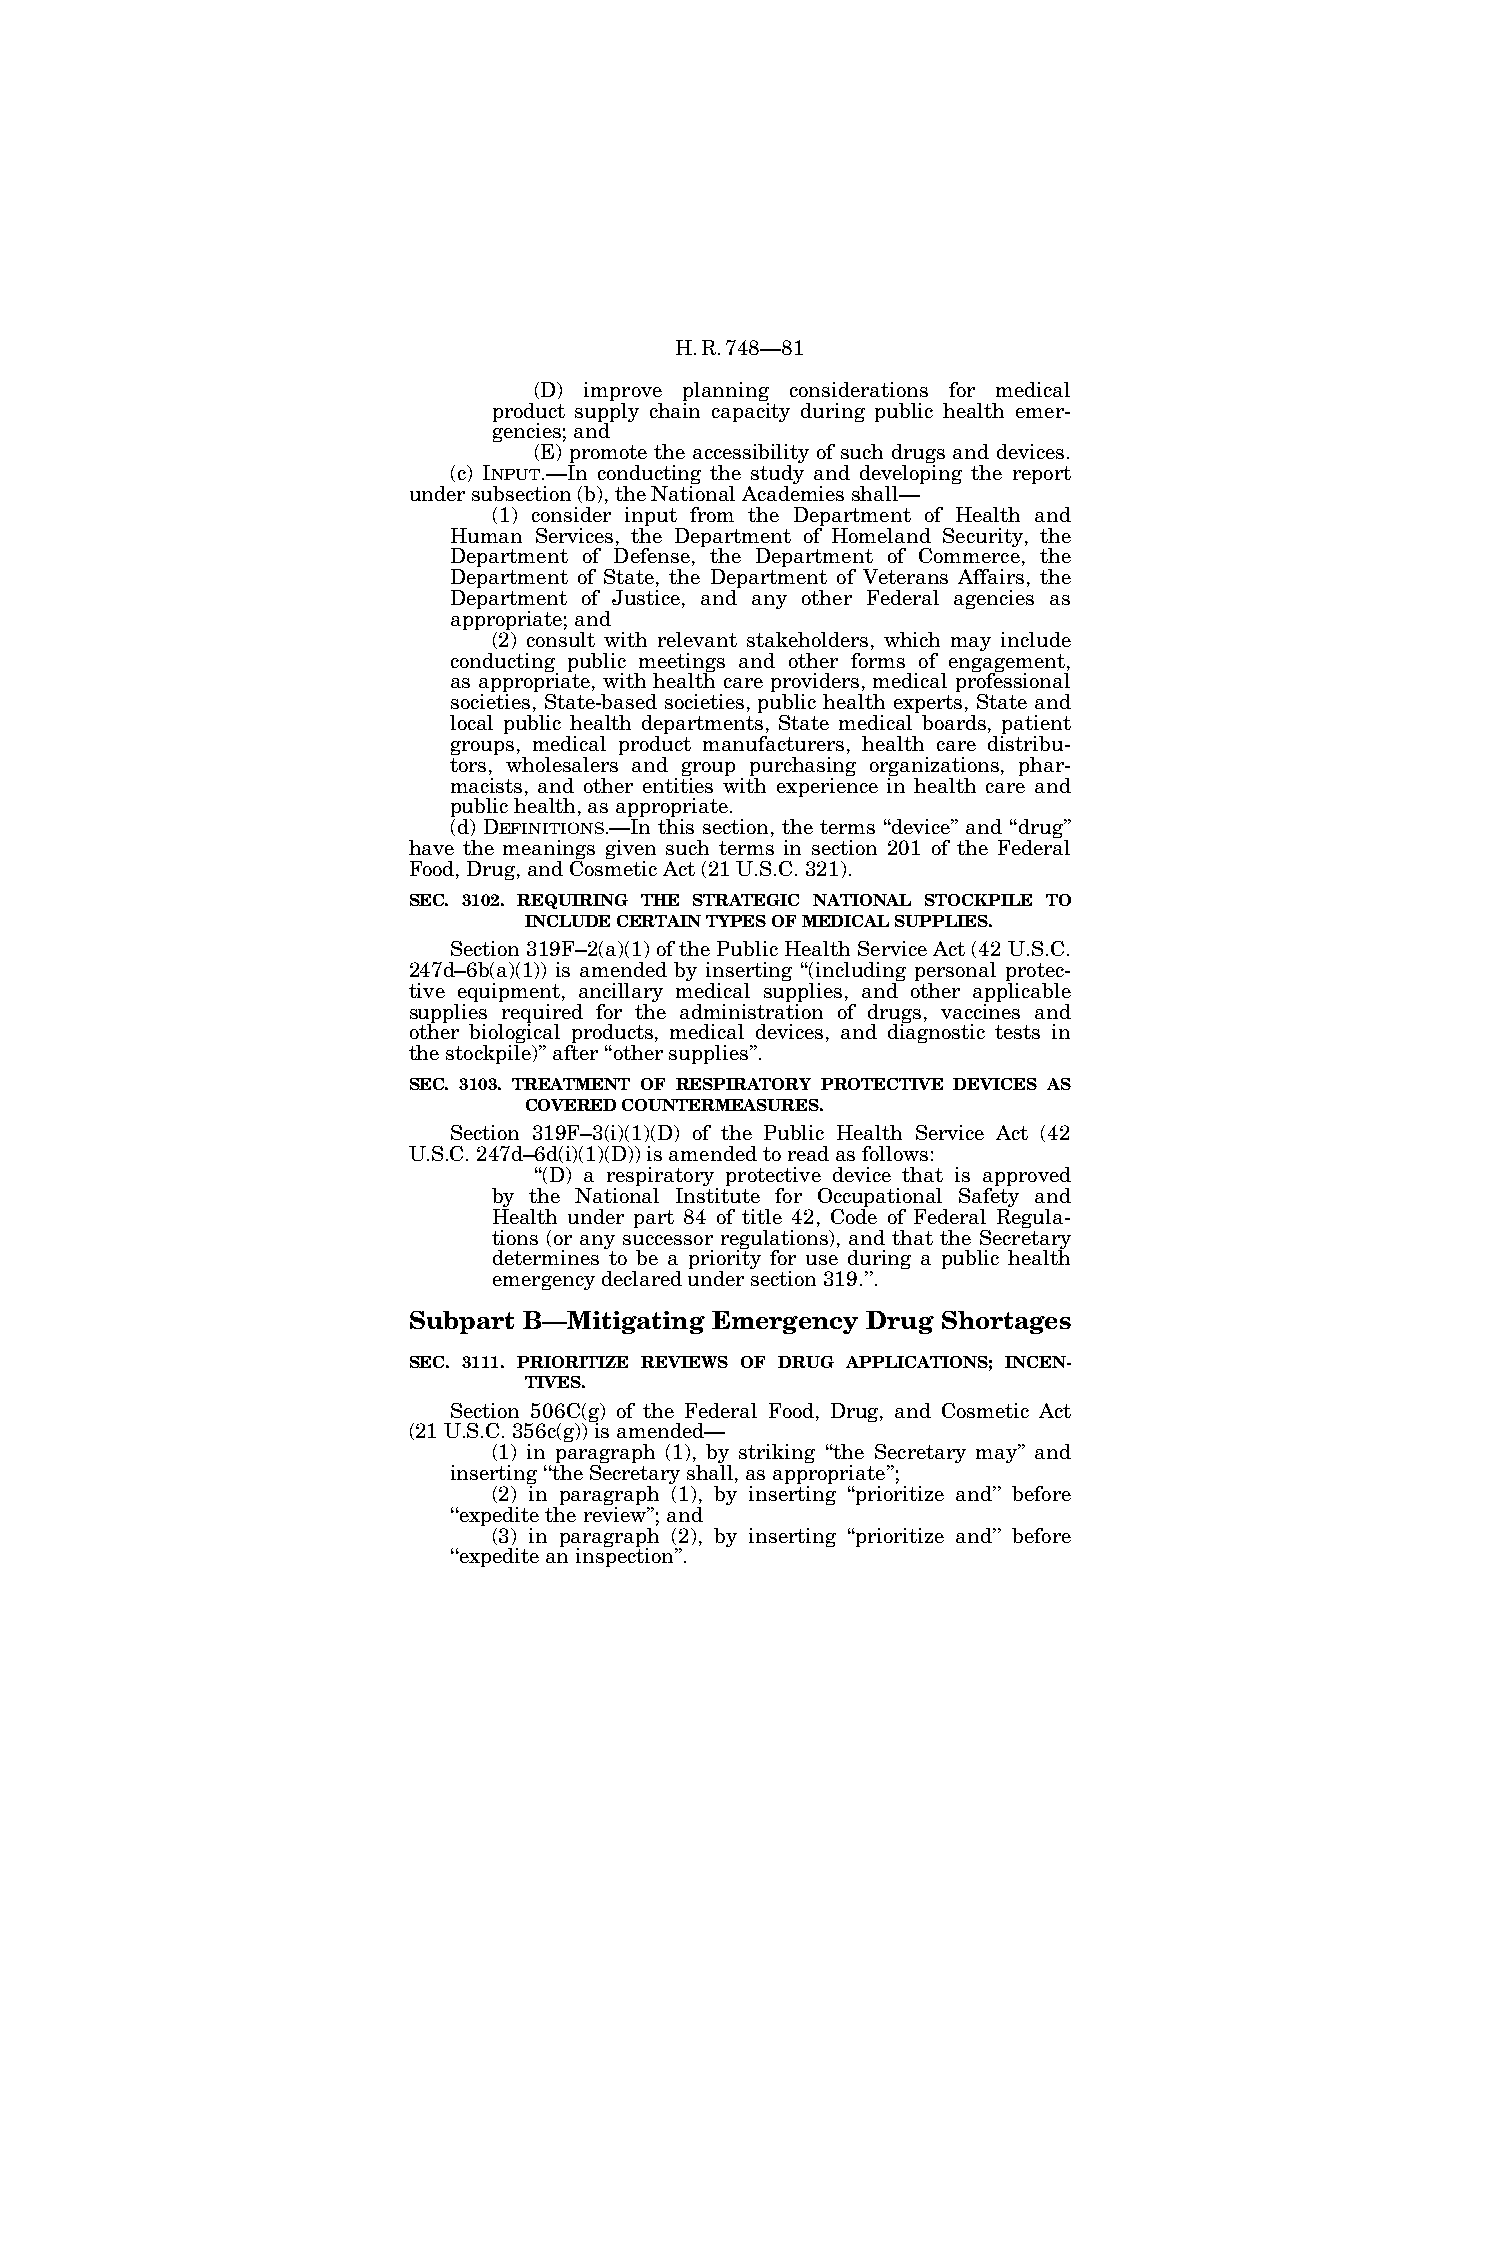
H.R.748—81
 (D) improve planning considerations for medical
 product supply chain capacity during public health emer-
 gencies; and
 (E) promote the accessibility of such drugs and devices.
 (c) INPUT.—In conducting the study and developing the report
 under subsection (b), the National Academies shall—
 (1) consider input from the Department of Health and
 Human Services, the Department of Homeland Security, the
 Department of Defense, the Department of Commerce, the
 Department of State, the Department of Veterans Affairs, the
 Department of Justice, and any other Federal agencies as
 appropriate; and
 (2) consult with relevant stakeholders, which may include
 conducting public meetings and other forms of engagement,
 as appropriate, with health care providers, medical professional
 societies, State-based societies, public health experts, State and
 local public health departments, State medical boards, patient
 groups, medical product manufacturers, health care distribu-
 tors, wholesalers and group purchasing organizations, phar-
 macists, and other entities with experience in health care and
 public health, as appropriate.
 (d) DEFINITIONS.—In this section, the terms ‘‘device’’ and ‘‘drug’’
 have the meanings given such terms in section 201 of the Federal
 Food, Drug, and Cosmetic Act (21 U.S.C. 321).
 SEC. 3102. REQUIRING THE STRATEGIC NATIONAL STOCKPILE TO
 INCLUDE CERTAIN TYPES OF MEDICAL SUPPLIES.
 Section 319F–2(a)(1) of the Public Health Service Act (42 U.S.C.
 247d–6b(a)(1)) is amended by inserting ‘‘(including personal protec-
 tive equipment, ancillary medical supplies, and other applicable
 supplies required for the administration of drugs, vaccines and
 other biological products, medical devices, and diagnostic tests in
 the stockpile)’’ after ‘‘other supplies’’.
 SEC. 3103. TREATMENT OF RESPIRATORY PROTECTIVE DEVICES AS
 COVERED COUNTERMEASURES.
 Section 319F–3(i)(1)(D) of the Public Health Service Act (42
 U.S.C. 247d–6d(i)(1)(D)) is amended to read as follows:
 ‘‘(D) a respiratory protective device that is approved
 by the National Institute for Occupational Safety and
 Health under part 84 of title 42, Code of Federal Regula-
 tions (or any successor regulations), and that the Secretary
 determines to be a priority for use during a public health
 emergency declared under section 319.’’.
 Subpart B—Mitigating Emergency Drug Shortages
 SEC. 3111. PRIORITIZE REVIEWS OF DRUG APPLICATIONS; INCEN-
 TIVES.
 Section 506C(g) of the Federal Food, Drug, and Cosmetic Act
 (21 U.S.C. 356c(g)) is amended—
 (1) in paragraph (1), by striking ‘‘the Secretary may’’ and
 inserting ‘‘the Secretary shall, as appropriate’’;
 (2) in paragraph (1), by inserting ‘‘prioritize and’’ before
 ‘‘expedite the review’’; and
 (3) in paragraph (2), by inserting ‘‘prioritize and’’ before
 ‘‘expedite an inspection’’.